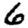
Digit: 6